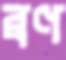
ব্রণ